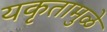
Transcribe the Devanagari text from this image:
यकृतामुळे